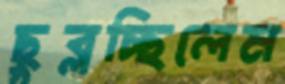
ছুব্‌লচ্ছিলেম